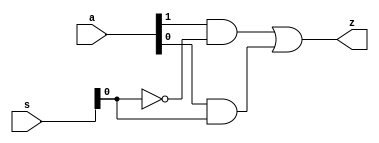
module mux_2_1_str(a,s,z);
    input [0:1]a, s;
    output z;
    wire sbar,l,m;
    not gate1(sbar, s);
    and gate2(l,a[0],sbar);
    and gate3(m,a[1],s);
    or gate4(z,l,m);
endmodule